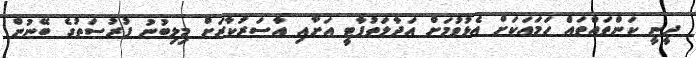
ދީނީ ކަންތައްތައް ހަމައަކަށް އެޅުވުމަށް އަދާލަތުޕާޓީ އަށާއި އާސަރުކާރަށް މިލިބުނު ފުރުސަތުގެ ބޭނުން